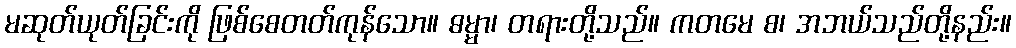
မဆုတ်ယုတ်ခြင်းကို ဖြစ်စေတတ်ကုန်သော။ ဓမ္မာ၊ တရားတို့သည်။ ကတမေ စ၊ အဘယ်သည်တို့နည်း။